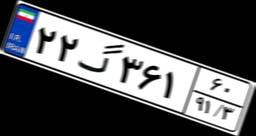
۲۲گ۳۶۱۶۰